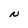
Character: N